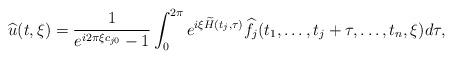
LaTeX: \begin{align*}\widehat{u}(t,\xi) = \dfrac{ 1 }{ e^{i2\pi\xi c_{j0}} - 1 }\int_{0}^{2\pi} e^{ i\xi \widetilde{H}(t_j, \tau)} \widehat{f}_j(t_1,\ldots,t_j+\tau,\ldots, t_n,\xi) d\tau,\end{align*}